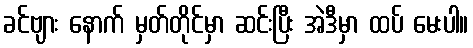
ခင်ဗျား နောက် မှတ်တိုင်မှာ ဆင်းပြီး အဲဒီမှာ ထပ် မေးပါ။